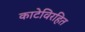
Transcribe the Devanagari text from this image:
काटेविरहित